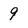
Character: 9